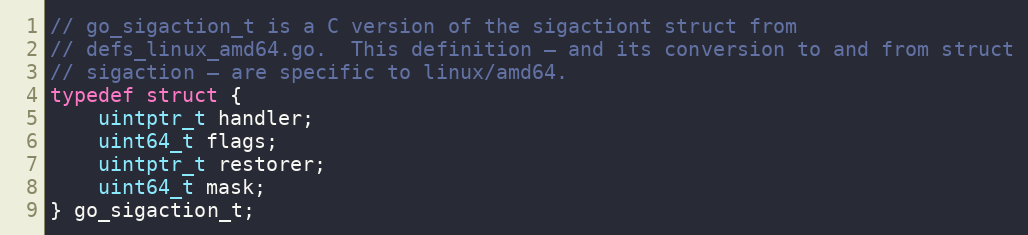
Language: C
// go_sigaction_t is a C version of the sigactiont struct from
// defs_linux_amd64.go.  This definition — and its conversion to and from struct
// sigaction — are specific to linux/amd64.
typedef struct {
	uintptr_t handler;
	uint64_t flags;
	uintptr_t restorer;
	uint64_t mask;
} go_sigaction_t;